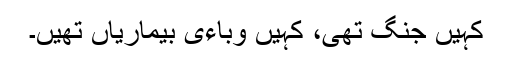
کہیں جنگ تھی، کہیں وباءی بیماریاں تھیں۔